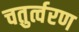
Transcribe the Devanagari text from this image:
चतुर्त्वरण